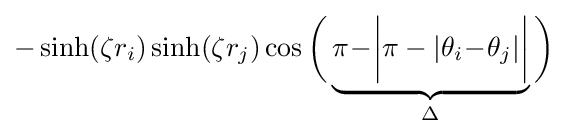
-\sinh(\zeta r_{i})\sinh(\zeta r_{j})\cos {\bigg (}\underbrace {\pi \!-\!{\bigg |}\pi -|\theta _{i}\!-\!\theta _{j}|{\bigg |}} _{\Delta }{\bigg )}